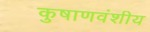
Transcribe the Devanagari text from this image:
कुषाणवंशीय